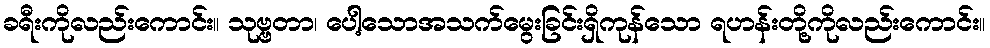
ခရီးကိုလည်းကောင်း။ သုဗ္ဗတာ၊ ပေါ့သောအသက်မွေးခြင်းရှိကုန်သော ရဟန်းတို့ကိုလည်းကောင်း။